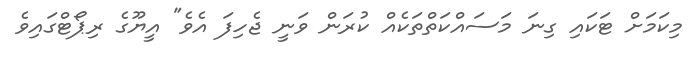
މިކަމަށް ޓަކައި ގިނަ މަސައްކަތްތަކެއް ކުރަން ވަނީ ޖެހިފަ އެވެ" އީޔޫގެ ރިޕޯޓްގައިވެ